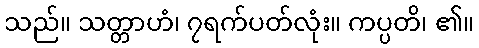
သည်။ သတ္တာဟံ၊ ၇ရက်ပတ်လုံး။ ကပ္ပတိ၊ ၏။